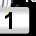
Digit: 1